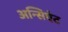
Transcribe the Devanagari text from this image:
अन्सिएंट